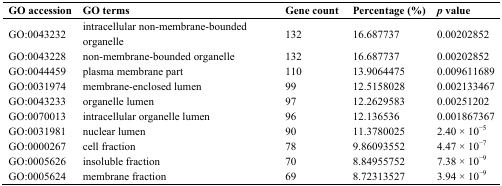
<table><thead><tr><td><b>GO accession</b></td><td><b>GO terms</b></td><td><b>Gene count</b></td><td><b>Percentage (%)</b></td><td><b><i>p</i> value</b></td></tr></thead><tbody><tr><td>GO:0043232</td><td>intracellular non-membrane-bounded organelle</td><td>132</td><td>16.687737</td><td>0.00202852</td></tr><tr><td>GO:0043228</td><td>non-membrane-bounded organelle</td><td>132</td><td>16.687737</td><td>0.00202852</td></tr><tr><td>GO:0044459</td><td>plasma membrane part</td><td>110</td><td>13.9064475</td><td>0.009611689</td></tr><tr><td>GO:0031974</td><td>membrane-enclosed lumen</td><td>99</td><td>12.5158028</td><td>0.002133467</td></tr><tr><td>GO:0043233</td><td>organelle lumen</td><td>97</td><td>12.2629583</td><td>0.00251202</td></tr><tr><td>GO:0070013</td><td>intracellular organelle lumen</td><td>96</td><td>12.136536</td><td>0.001867367</td></tr><tr><td>GO:0031981</td><td>nuclear lumen</td><td>90</td><td>11.3780025</td><td>2.40 × 10<sup>−</sup><sup>5</sup></td></tr><tr><td>GO:0000267</td><td>cell fraction</td><td>78</td><td>9.86093552</td><td>4.47 × 10<sup>−</sup><sup>7</sup></td></tr><tr><td>GO:0005626</td><td>insoluble fraction</td><td>70</td><td>8.84955752</td><td>7.38 × 10<sup>−</sup><sup>9</sup></td></tr><tr><td>GO:0005624</td><td>membrane fraction</td><td>69</td><td>8.72313527</td><td>3.94 × 10<sup>−</sup><sup>9</sup></td></tr></tbody></table>